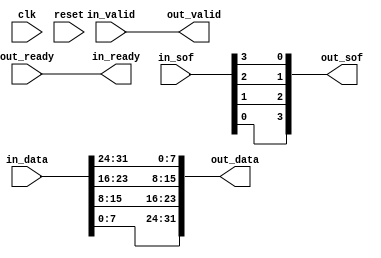
// ***************************************************************************
// ***************************************************************************
// Copyright 2014 - 2017 (c) Analog Devices, Inc. All rights reserved.
//
// In this HDL repository, there are many different and unique modules, consisting
// of various HDL (Verilog or VHDL) components. The individual modules are
// developed independently, and may be accompanied by separate and unique license
// terms.
//
// The user should read each of these license terms, and understand the
// freedoms and responsibilities that he or she has by using this source/core.
//
// This core is distributed in the hope that it will be useful, but WITHOUT ANY
// WARRANTY; without even the implied warranty of MERCHANTABILITY or FITNESS FOR
// A PARTICULAR PURPOSE.
//
// Redistribution and use of source or resulting binaries, with or without modification
// of this file, are permitted under one of the following two license terms:
//
//   1. The GNU General Public License version 2 as published by the
//      Free Software Foundation, which can be found in the top level directory
//      of this repository (LICENSE_GPL2), and also online at:
//      <https://www.gnu.org/licenses/old-licenses/gpl-2.0.html>
//
// OR
//
//   2. An ADI specific BSD license, which can be found in the top level directory
//      of this repository (LICENSE_ADIBSD), and also on-line at:
//      https://github.com/analogdevicesinc/hdl/blob/master/LICENSE_ADIBSD
//      This will allow to generate bit files and not release the source code,
//      as long as it attaches to an ADI device.
//
// ***************************************************************************
// ***************************************************************************

`timescale 1ns/100ps

module avl_adxcvr_octet_swap #(
  parameter NUM_OF_LANES = 1
) (
  input clk,
  input reset,

  input in_valid,
  output in_ready,
  input [NUM_OF_LANES*32-1:0] in_data,
  input [3:0] in_sof,

  output out_valid,
  input out_ready,
  output [NUM_OF_LANES*32-1:0] out_data,
  output [3:0] out_sof
);

assign in_ready = out_ready;
assign out_valid = in_valid;

generate
  genvar i;
  genvar j;

  for (j = 0; j < 4; j = j + 1) begin: gen_octet
    for (i = 0; i < NUM_OF_LANES; i = i + 1) begin: gen_lane
      assign out_data[i*32+j*8+7:i*32+j*8] = in_data[i*32+(3-j)*8+7:i*32+(3-j)*8];
    end
    assign out_sof[j] = in_sof[3-j];
  end
endgenerate

endmodule